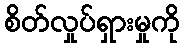
စိတ်လှုပ်ရှားမှုကို